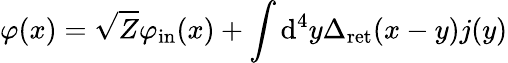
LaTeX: \varphi(x)={\sqrt{Z}}\varphi_{\mathrm{in}}(x)+\int\mathrm{d}^{4}y\Delta_{\mathrm{ret}}(x-y)j(y)